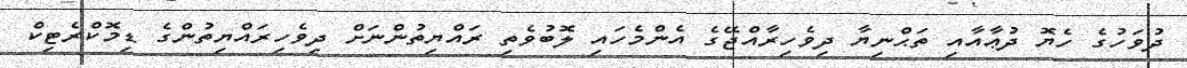
ދުވަހުގެ ހެޔޮ ދުޢާއާއި ތަޙްނިޔާ ދިވެހިރާއްޖޭގެ އެންމެހައި ލޮބުވެތި ރައްޔިތުންނަށް ދިވެހިރައްޔިތުންގެ ޑިމޮކްރެޓިކް